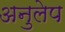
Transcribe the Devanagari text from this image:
अनुलेप